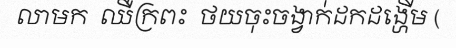
លាមក  ឈឺក្រពះ  ថយចុះចង្វាក់ដកដង្ហើម (